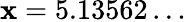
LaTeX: \mathbf{x}=5.13562\dots